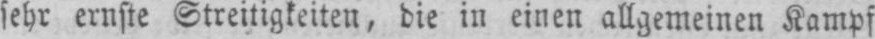
sehr ernste Streitigkeiten, die in einen allgemeinen Kampf